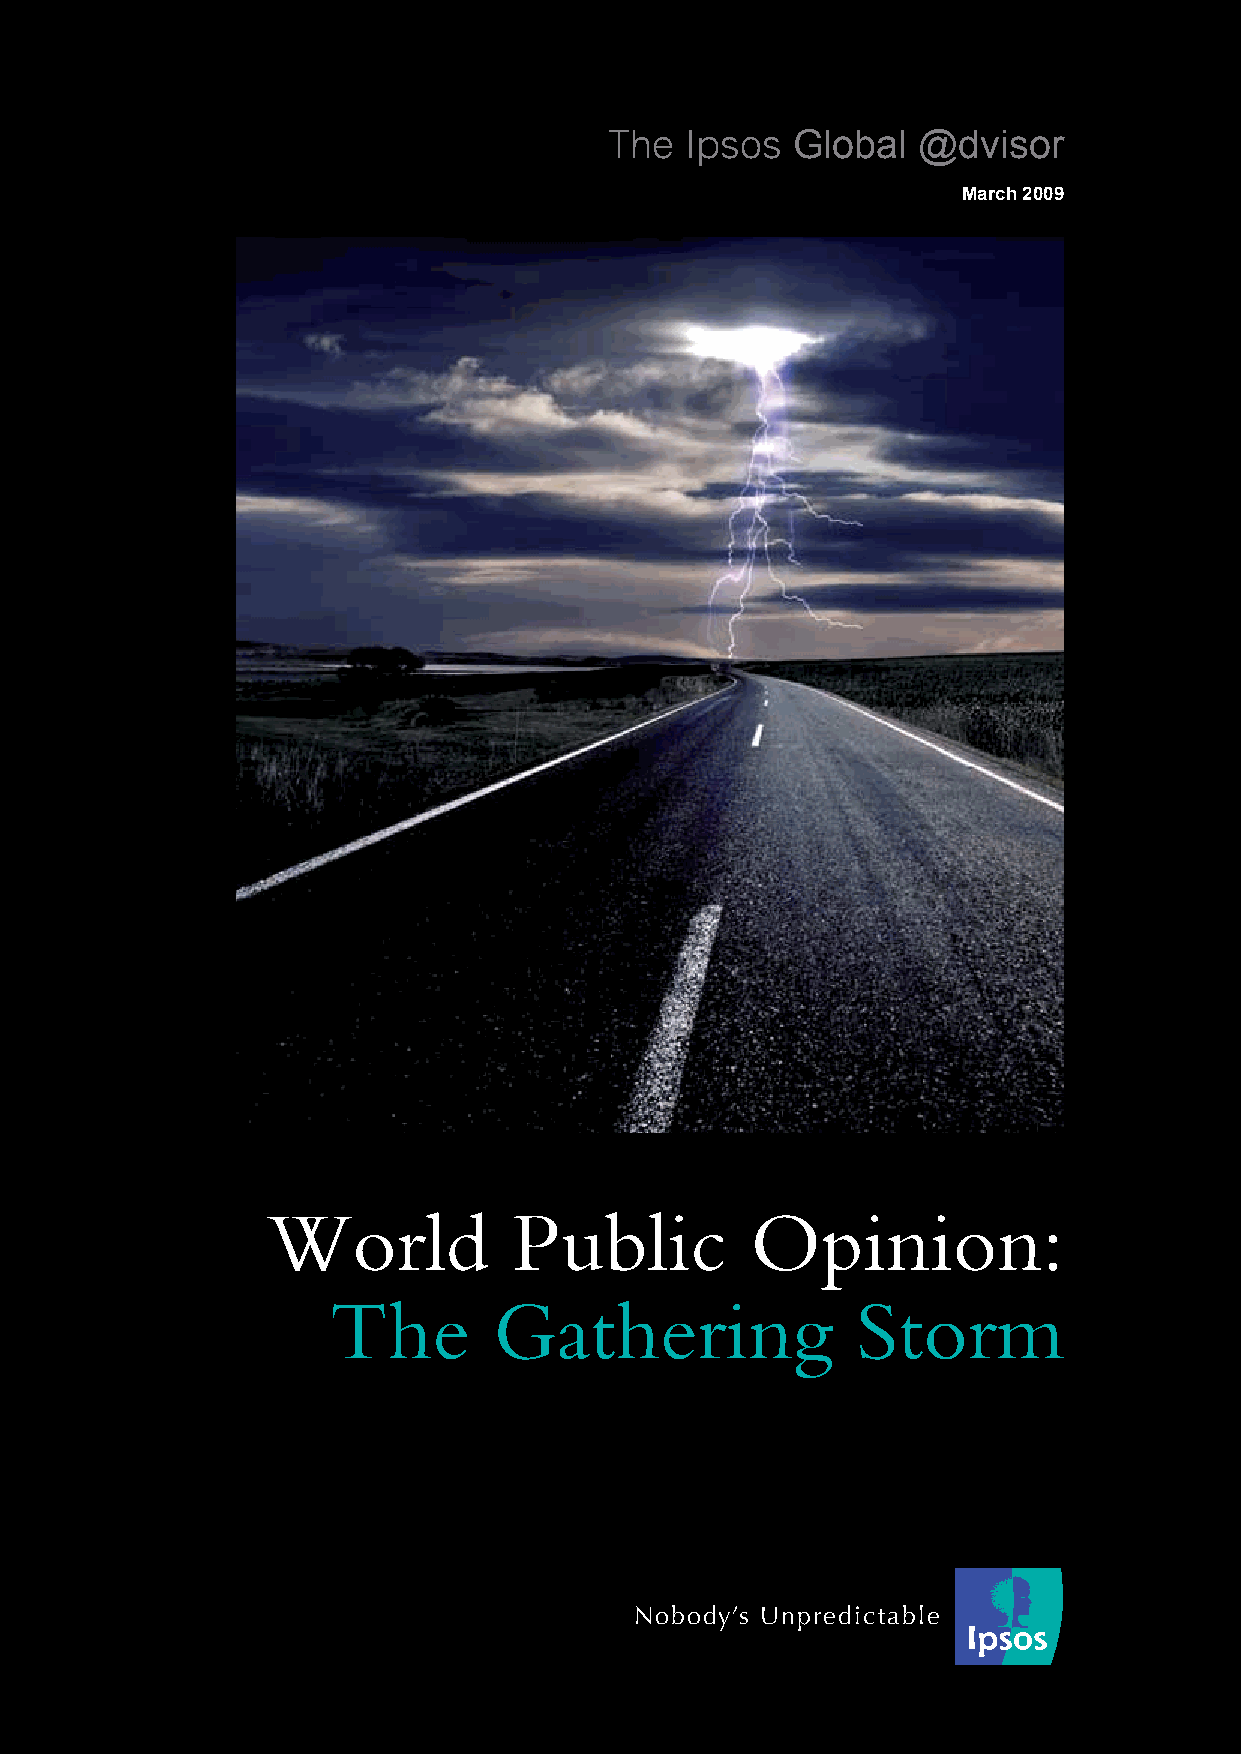
World Public Opinion: The Gathering Storm 1
 The  Ipsos  Global   @dvisor
 March 2009
 World           Public          Opinion:
 The        Gathering               Storm
 Nobody’s Unpredictable